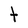
Character: t